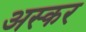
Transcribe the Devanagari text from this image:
अस्कर